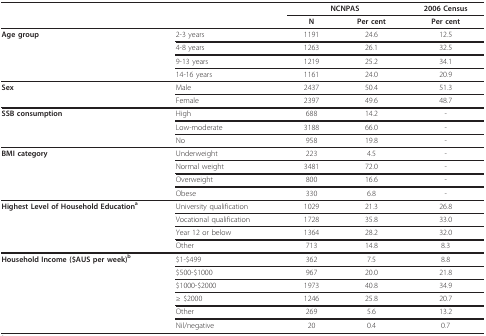
|  |  | <COLSPAN=2> NCNPAS | 2006 Census |
 |  |  | N | Per cent | Per cent |
 | --- | --- | --- | --- | --- |
 | Age group | 2-3 years | 1191 | 24.6 | 12.5 |
 |  | 4-8 years | 1263 | 26.1 | 32.5 |
 |  | 9-13 years | 1219 | 25.2 | 34.1 |
 |  | 14-16 years | 1161 | 24.0 | 20.9 |
 | Sex | Male | 2437 | 50.4 | 51.3 |
 |  | Female | 2397 | 49.6 | 48.7 |
 | SSB consumption | High | 688 | 14.2 | - |
 |  | Low-moderate | 3188 | 66.0 | - |
 |  | No | 958 | 19.8 | - |
 | BMI category | Underweight | 223 | 4.5 | - |
 |  | Normal weight | 3481 | 72.0 | - |
 |  | Overweight | 800 | 16.6 | - |
 |  | Obese | 330 | 6.8 | - |
 | Highest Level of Household Educationa | University qualification | 1029 | 21.3 | 26.8 |
 |  | Vocational qualification | 1728 | 35.8 | 33.0 |
 |  | Year 12 or below | 1364 | 28.2 | 32.0 |
 |  | Other | 713 | 14.8 | 8.3 |
 | Household Income ($AUS per week)b | $1-$499 | 362 | 7.5 | 8.8 |
 |  | $500-$1000 | 967 | 20.0 | 21.8 |
 |  | $1000-$2000 | 1973 | 40.8 | 34.9 |
 |  | ≥ $2000 | 1246 | 25.8 | 20.7 |
 |  | Other | 269 | 5.6 | 13.2 |
 |  | Nil/negative | 20 | 0.4 | 0.7 |